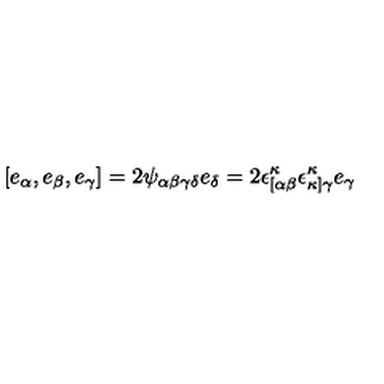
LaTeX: [ e _ { \alpha } , e _ { \beta } , e _ { \gamma } ] = 2 \psi _ { \alpha \beta \gamma \delta } e _ { \delta } = 2 \epsilon _ { [ \alpha \beta } ^ { \kappa } \epsilon _ { \kappa ] \gamma } ^ { \kappa } e _ { \gamma }